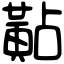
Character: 黇